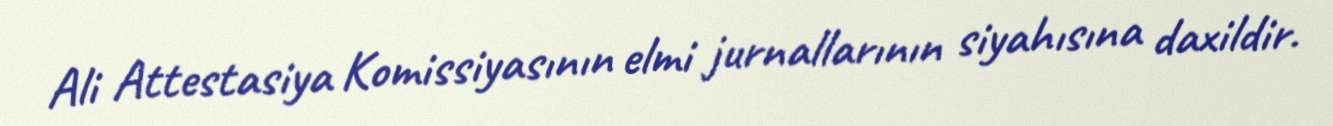
Ali Attestasiya Komissiyasının elmi jurnallarının siyahısına daxildir.